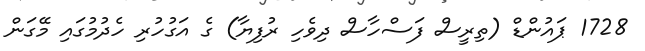
1728 ޕައުންޑް (ތިރީސް ފަސްހާސް ދިވެހި ރުފިޔާ) ގެ އަގުހުރި ހެދުމުގައި މޭގަން